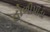
હોળીપાડા